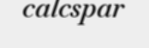
calcspar